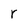
Character: r